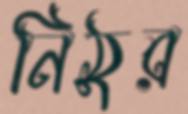
নিঠুর